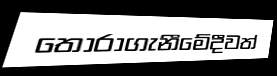
තෝරාගැනීමේදීවත්